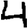
Digit: 4